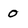
Character: 0